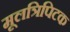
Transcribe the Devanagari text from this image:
मूलत्रिपिटक